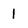
Character: 1